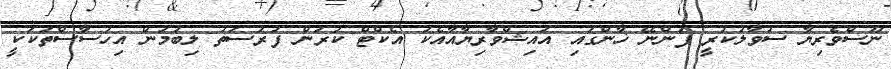
ނޫސްވެރިޔާ ސުވާލުކުރީ ފަންނޭ ޚާންގައި އައިޝްވާރިޔާއާއެކު އެކްޓް ކުރަން ފުރުސަތު ލިބުމުން އިހުސާސްތަކަކީ